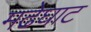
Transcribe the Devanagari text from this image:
मढेघाट